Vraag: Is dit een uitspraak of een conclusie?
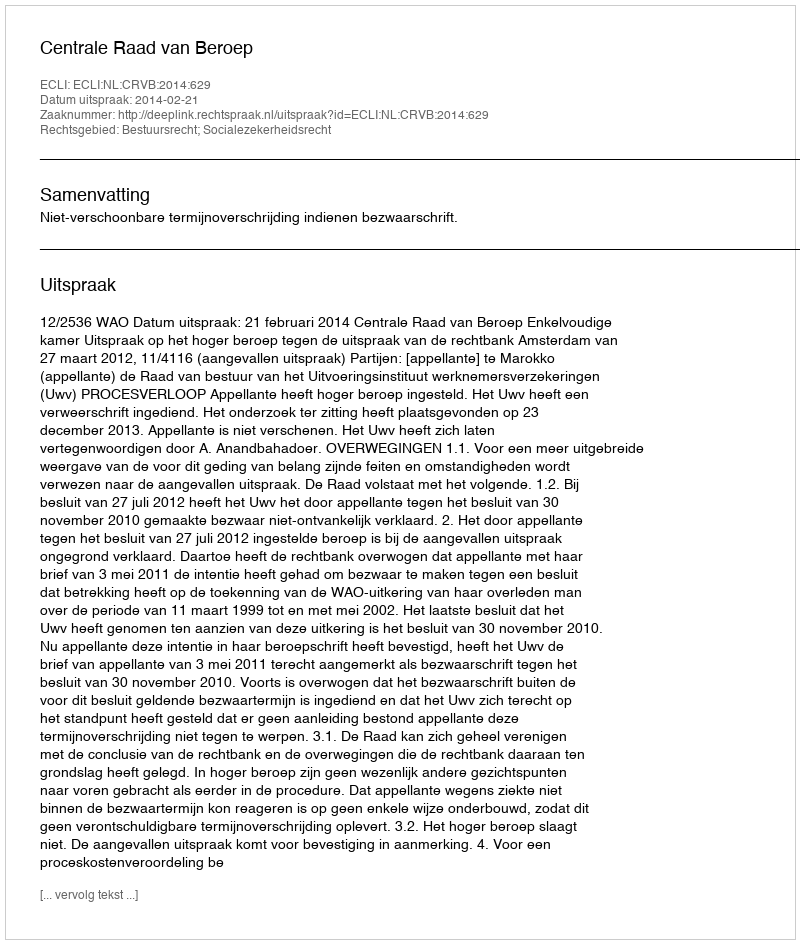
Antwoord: Uitspraak